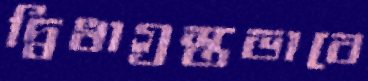
দ্বিধাগ্রস্তভাবে